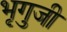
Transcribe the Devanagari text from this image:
भृगुजी